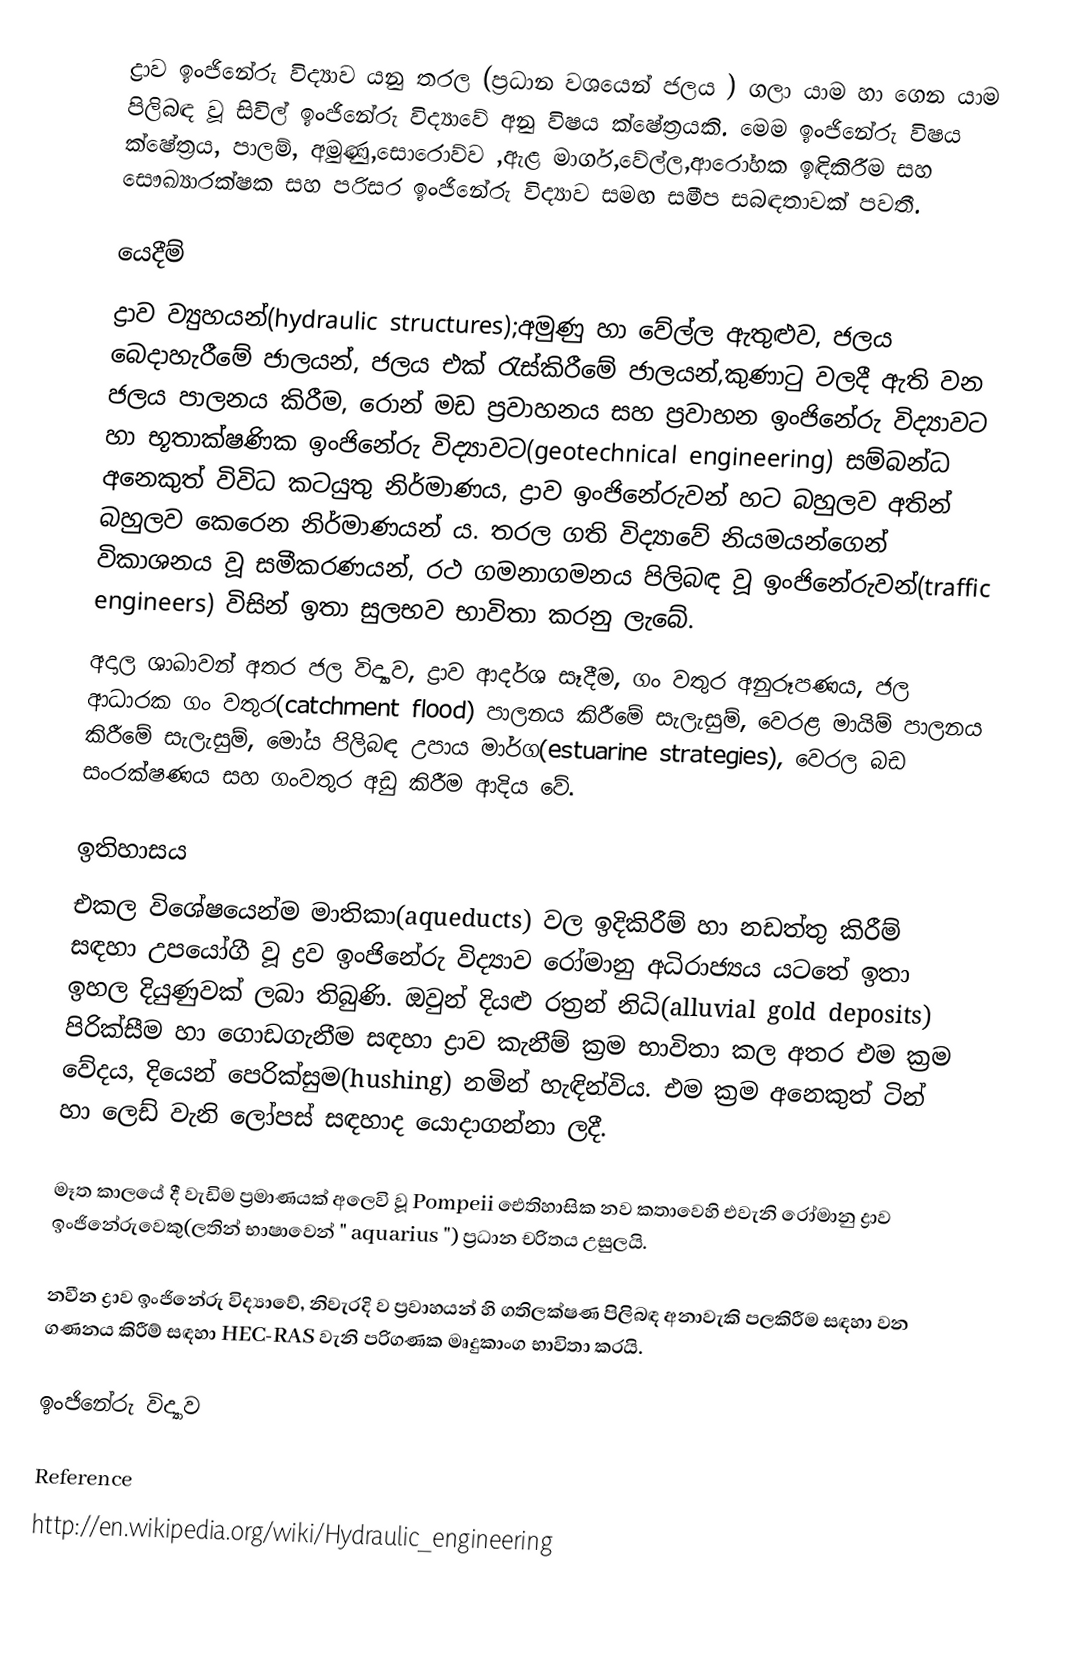
ද්‍රාව ඉංජිනේරු විද්‍යාව යනු තරල (ප්‍රධාන වශයෙන් ජලය ) ගලා යාම හා ගෙන යාම පිලිබඳ වූ සිවිල් ඉංජිනේරු විද්‍යාවේ අනු විෂය ක්ෂේත්‍රයකි. මෙම ඉංජිනේරු විෂය ක්ෂේත්‍රය, පාලම්, අමුණු,සොරොව්ව ,ඇළ මාර්ග,වේල්ල,ආරෝහක ඉඳිකිරීම සහ සෞඛ්‍යාරක්ෂක සහ පරිසර ඉංජිනේරු විද්‍යාව සමඟ සමීප සබඳතාවක් පවතී.

යෙදීම්
ද්‍රාව ව්‍යුහයන්(hydraulic structures);අමුණු හා වේල්ල ඇතුළුව, ජලය බෙදාහැරීමේ ජාලයන්, ජලය එක් රැස්කිරීමේ ජාලයන්,කුණාටු වලදී ඇති වන ජලය පාලනය කිරීම, රොන් මඩ ප්‍රවාහනය සහ ප්‍රවාහන ඉංජිනේරු විද්‍යාවට හා භූතාක්ෂණික ඉංජිනේරු විද්‍යාවට(geotechnical engineering) සම්බන්ධ අනෙකුත් විවිධ කටයුතු නිර්මාණය, ද්‍රාව ඉංජිනේරුවන් හට බහුලව අතින් බහුලව කෙරෙන නිර්මාණයන් ය. තරල ගති විද්‍යාවේ නියමයන්ගෙන් විකාශනය වූ සමීකරණයන්, රථ ගමනාගමනය පිලිබඳ වූ ඉංජිනේරුවන්(traffic engineers) විසින් ඉතා සුලභව භාවිතා කරනු ලැබේ.
අදාල ශාඛාවන් අතර ජල විද්‍යාව, ද්‍රාව ආදර්ශ සෑදීම, ගං වතුර අනුරූපණය, ජල ආධාරක ගං වතුර(catchment flood) පාලනය කිරීමේ සැලැසුම්, වෙරළ මායිම් පාලනය කිරීමේ සැලැසුම්, මෝය පිලිබඳ උපාය මාර්ග(estuarine strategies), වෙරල බඩ සංරක්ෂණය සහ ගංවතුර අඩු කිරීම ආදිය වේ.

ඉතිහාසය
එකල විශේෂයෙන්ම මාතිකා(aqueducts) වල ඉදිකිරීම් හා නඩත්තු කිරීම් සඳහා උපයෝගී වූ ද්‍රව ඉංජිනේරු විද්‍යාව රෝමානු අධිරාජ්‍යය යටතේ ඉතා ඉහල දියුණුවක් ලබා තිබුණි. ඔවුන් දියළු රත්‍රන් නිධි(alluvial gold deposits) පිරික්සීම හා ගොඩගැනීම සඳහා ද්‍රාව කැනීම් ක්‍රම භාවිතා කල අතර එම ක්‍රම වේදය, දියෙන් පෙරික්සුම(hushing) නමින් හැඳින්විය. එම ක්‍රම අනෙකුත් ටින් හා ලෙඩ් වැනි ලෝපස් සඳහාද යොදාගන්නා ලදී.

මෑත කාලයේ දී වැඩිම ප්‍රමාණයක් අලෙවි වූ Pompeii ඓතිහාසික නව කතාවෙහි එවැනි රෝමානු ද්‍රාව ඉංජිනේරුවෙකු(ලතින් භාෂාවෙන් " aquarius ") ප්‍රධාන චරිතය උසුලයි.

නවීන ද්‍රාව ඉංජිනේරු විද්‍යාවේ, නිවැරදි ව ප්‍රවාහයන් හි ගතිලක්ෂණ පිලිබඳ අනාවැකි පලකිරීම සඳහා වන ගණනය කිරීම් සඳහා HEC-RAS වැනි පරිගණක මෘදුකාංග භාවිතා කරයි.

ඉංජිනේරු විද්‍යාව

Reference
http://en.wikipedia.org/wiki/Hydraulic_engineering